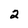
Character: 2